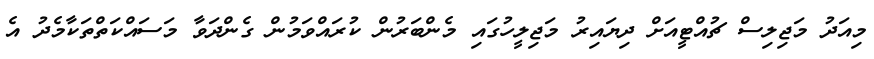
މިއަދު މަޖިލިސް ޗުއްޓީއަށް ދިޔައިރު މަޖިލީހުގައި މެންބަރުން ކުރައްވަމުން ގެންދަވާ މަސައްކަތްތަކާމެދު އެ